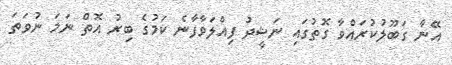
އޭނާ ގަބޫލުކުރައްވާ ގޮތުގައި ނަޝީދު ފިއްލަވާފާނެ ކަމުގެ ބިރު އޮތް ނަމަ ނުވަތަ